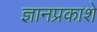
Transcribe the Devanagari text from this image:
ज्ञानप्रकाशे